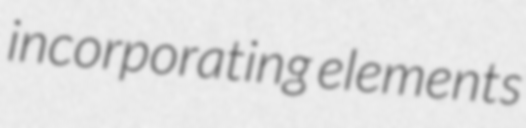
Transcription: incorporating elements